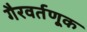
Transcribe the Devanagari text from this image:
गैरवर्तणूक